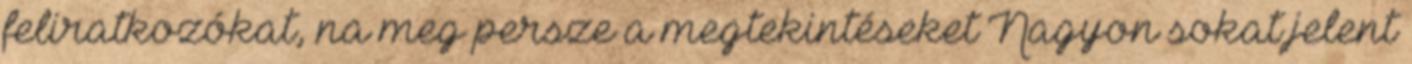
feliratkozókat, na meg persze a megtekintéseket Nagyon sokat jelent